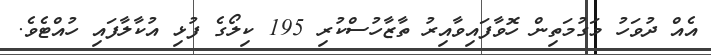
އެއް ދުވަހު މަގުމަތިން ހޮވާފައިވާއިރު ތާޒާހުސްކުރި 195 ކިލޯގެ ފުޅި އުކާލާފައި ހުއްޓެވެ.